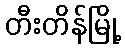
တီးတိန်မြို့